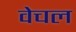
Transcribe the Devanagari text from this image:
वेचल